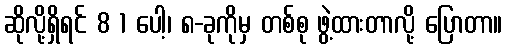
ဆိုလို့ရှိရင် 8 1 ပေါ့၊ ၈-ခုကိုမှ တစ်စု ဖွဲ့ထားတာလို့ ပြောတာ။